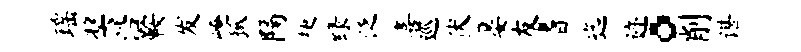
瑶奖沿鞍发崦狐隔梗绿泛喜巡伏晏友耆迄迹。削谌